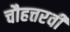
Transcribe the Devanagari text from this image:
चौहत्तरवीं